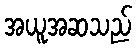
အယူအဆသည်